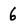
Character: 6